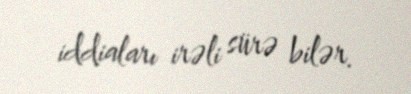
iddiaları irəli sürə bilər.